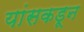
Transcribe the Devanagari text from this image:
यांसकडून